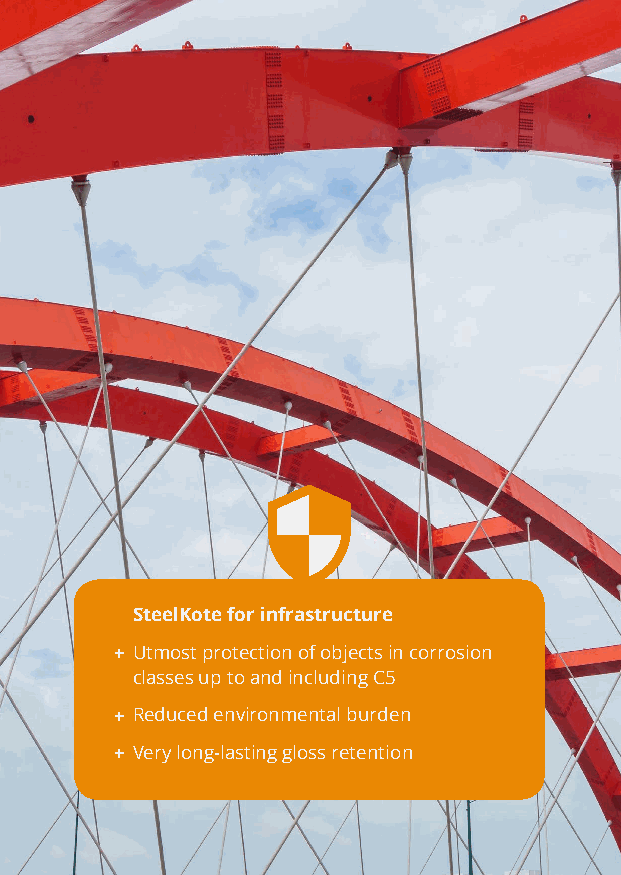
SteelKote
 SteelKote for infrastructure
 + Utmost protdeecstiigonne do fto o ebnjeductres in corrosion
 classes up to and including C5
 + R educed environmental burden
 + V ery long-lasting gloss retention
 | 13